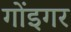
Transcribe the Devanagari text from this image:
गोंइगर